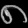
Digit: ၈